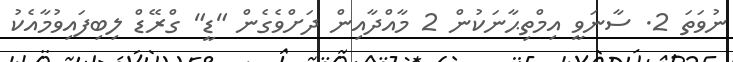
ނުވަތަ 2. ސާނަވީ އިމްތިޙާނަކުން 2 މާއްދާއިން ދަށްވެގެން "ޑީ" ގްރޭޑް ލިބިފައިވުމާއެކު